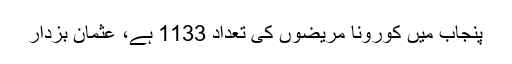
پنجاب میں کورونا مریضوں کی تعداد 1133 ہے، عثمان بزدار